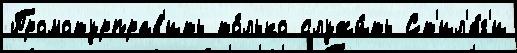
Промотурправ'ить то́лько служи́ть Ст'ил'я́г'и